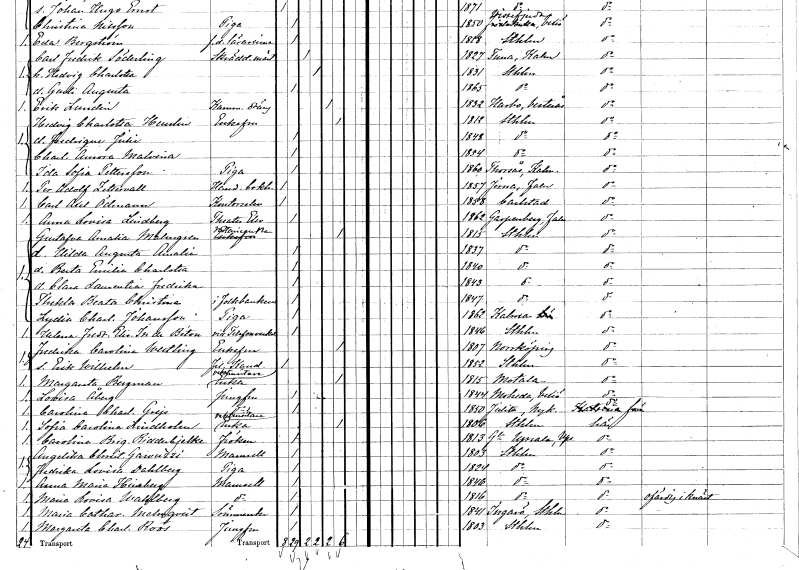
gt_parse: households: individuals: FN: Per Adolf
EN: Zettervall
YRKE: Handelsbokhållare
KON: M
CIV: O
FODAR: 1857
FODFORS: Järna Kopparbergs län
FN: Carl Axel
EN: Ödmann
YRKE: Kontorselev
KON: M
CIV: O
FODAR: 1858
FODFORS: Karlstad Värmlands län
FN: Anna Lovisa
EN: Lindberg
YRKE: Teaterelev
KON: K
CIV: O
FODAR: 1862
FODFORS: Garpenberg Kopparbergs län
FN: Gustafva Amalia
EN: Malmgren
YRKE: Notarieänka
KON: K
CIV: E
FODAR: 1815
FODFORS: Stockholm
FN: Hilda Augusta Amalia
KON: K
CIV: O
FODAR: 1837
FODFORS: Stockholm
FN: Berta Emilia Charlotta
KON: K
CIV: O
FODAR: 1840
FODFORS: Stockholm
FN: Clara Laurentia Fredrika
KON: K
CIV: O
FODAR: 1843
FODFORS: Stockholm
FN: Thekla Beata Christina
YRKE: i Folkbanken
KON: K
CIV: O
FODAR: 1847
FODFORS: Stockholm
FN: Lydia Charlotta
EN: Johansson
YRKE: Piga
KON: K
CIV: O
FODAR: 1862
FODFORS: Kalmar Kalmar län
FN: Helena Fredrika Elisabeth
EN: In de Bétou
YRKE: vid Telefonverket
KON: K
CIV: O
FODAR: 1846
FODFORS: Stockholm
FN: Fredrika Carolina
EN: Westling
KON: K
CIV: E
FODAR: 1807
FODFORS: Norrköping Östergötlands län
FN: Erik Wilhelm
YRKE: Fil. kand.
KON: M
CIV: O
FODAR: 1852
FODFORS: Stockholm
FN: Margareta
EN: Bergman
YRKE: Vaktmästareänka
KON: K
CIV: E
FODAR: 1815
FODFORS: Motala Östergötlands län
FN: Lovisa
EN: Åberg
YRKE: Jungfru
KON: K
CIV: O
FODAR: 1844
FODFORS: Moheda Kronobergs län
FN: Carolina Charlotta
EN: Grejs
YRKE: Jungfru
KON: K
CIV: O
FODAR: 1850
FODFORS: Julita Södermanlands län
FN: Sofia Carolina
EN: Lindholm
YRKE: Vaktmästareänka
KON: K
CIV: E
FODAR: 1806
FODFORS: Stockholm
FN: Carolina Brigitta
EN: Ridderbjelke
KON: K
CIV: O
FODAR: 1813
FODFORS: Gamla Uppsala Uppsala län
FN: Angelika Christina
EN: Gawuzzi
KON: K
CIV: O
FODAR: 1803
FODFORS: Stockholm
FN: Fredrika Lovisa
EN: Dahlberg
YRKE: Piga
KON: K
CIV: O
FODAR: 1824
FODFORS: Stockholm
FN: Anna Maria
EN: Himberg
KON: K
CIV: O
FODAR: 1846
FODFORS: Stockholm
FN: Maria Lovisa
EN: Wahlberg
KON: K
CIV: O
FODAR: 1816
FODFORS: Stockholm
FN: Maria Catharina
EN: Malmqvist
YRKE: Sömmerska
KON: K
CIV: O
FODAR: 1841
FODFORS: Ingarö Stockholms län
FN: Margareta Charlotta
EN: Roos
YRKE: Jungfru
KON: K
CIV: O
FODAR: 1803
FODFORS: Stockholm